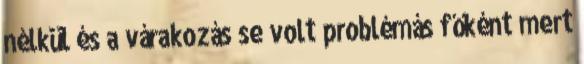
nélkül és a várakozás se volt problémás főként mert